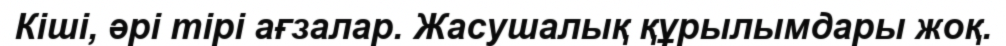
Кіші, әрі тірі ағзалар. Жасушалық құрылымдары жоқ.